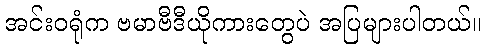
အင်းဝရုံက ဗမာဗီဒီယိုကားတွေပဲ အပြများပါတယ်။